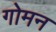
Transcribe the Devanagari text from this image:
गोमन